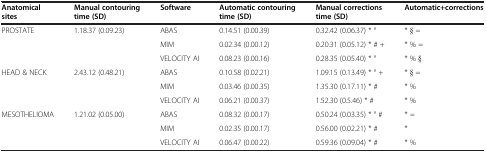
<table><thead><tr><td><b>Anatomical sites</b></td><td><b>Manual contouring time (SD)</b></td><td><b>Software</b></td><td><b>Automatic contouring time (SD)</b></td><td><b>Manual corrections time (SD)</b></td><td><b>Automatic+corrections</b></td></tr></thead><tbody><tr><td rowspan="3">PROSTATE</td><td rowspan="3">1.18.37 (0.09.23)</td><td>ABAS</td><td>0.14.51 (0.00.39)</td><td>0.32.42 (0.06.37) * °</td><td>* § =</td></tr><tr><td>MIM</td><td>0.02.34 (0.00.12)</td><td>0.20.31 (0.05.12) * # +</td><td>* % =</td></tr><tr><td>VELOCITY AI</td><td>0.08.23 (0.00.16)</td><td>0.28.35 (0.05.40) * °</td><td>* % §</td></tr><tr><td rowspan="3">HEAD &amp; NECK</td><td rowspan="3">2.43.12 (0.48.21)</td><td>ABAS</td><td>0.10.58 (0.02.21)</td><td>1.09.15 (0.13.49) * ° +</td><td>* § =</td></tr><tr><td>MIM</td><td>0.03.46 (0.00.35)</td><td>1.35.30 (0.17.11) * #</td><td>* %</td></tr><tr><td>VELOCITY AI</td><td>0.06.21 (0.00.37)</td><td>1.52.30 (0.5.46) * #</td><td>* %</td></tr><tr><td rowspan="2">MESOTHELIOMA</td><td rowspan="2">1.21.02 (0.05.00)</td><td>ABAS</td><td>0.08.32 (0.00.17)</td><td>0.50.24 (0.03.35) * ° #</td><td>* =</td></tr><tr><td>MIM</td><td>0.02.35 (0.00.17)</td><td>0.56.00 (0.02.21) * #</td><td>*</td></tr><tr><td> </td><td> </td><td>VELOCITY AI</td><td>0.06.47 (0.00.22)</td><td>0.59.36 (0.09.04) * #</td><td>* %</td></tr></tbody></table>